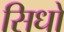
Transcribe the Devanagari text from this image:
सिधो